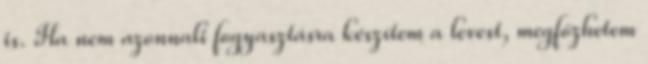
is. Ha nem azonnali fogyasztásra készítem a levest, megfőzhetem